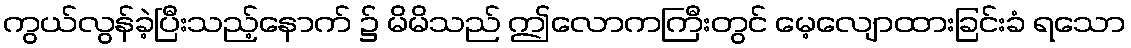
ကွယ်လွန်ခဲ့ပြီးသည့်နောက် ၌ မိမိသည် ဤလောကကြီးတွင် မေ့လျောထားခြင်းခံ ရသော